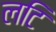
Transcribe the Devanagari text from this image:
लटि